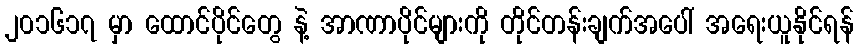
၂၀၁၆၁၇ မှာ ထောင်ပိုင်တွေ နဲ့ အာဏာပိုင်များကို တိုင်တန်းချက်အပေါ် အရေးယူနိုင်ရန်